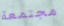
مجتمعة